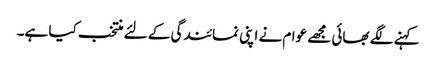
کہنے لگے بھائی مجھے عوام نے اپنی نمائندگی کے لئے منتخب کیا ہے۔